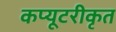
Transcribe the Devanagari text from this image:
कप्यूटरीकृत